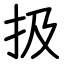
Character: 扱